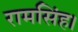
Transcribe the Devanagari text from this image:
रामसिंह।